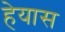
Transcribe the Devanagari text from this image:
हेयास